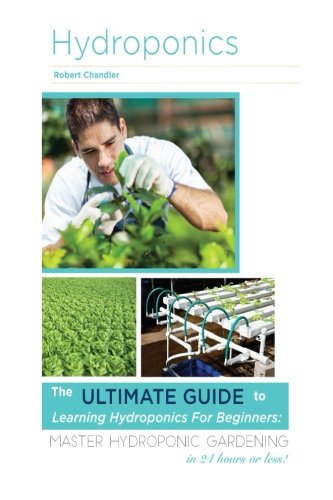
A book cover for Hydroponics: The Ultimate Guide to Learning Hydroponics for Beginners: Master Hydroponic Gardening in 24 hours or less! (Hydroponics - Hydroponics for ... - Hydroponics Books - Hydroponics 101); Sandy Patterlock; Crafts, Hobbies & Home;